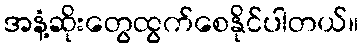
အနံ့ဆိုးတွေထွက်စေနိုင်ပါတယ်။